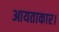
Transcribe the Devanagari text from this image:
आयताकार।